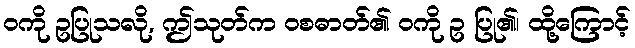
ဝကို ဥပြုသလို, ဤသုတ်က ဝစဓာတ်၏ ဝကို ဥ ပြု၏၊ ထို့ကြောင့်